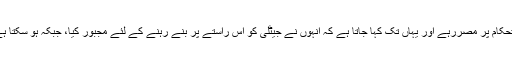
اقتصادی معاملات کے سیکرٹری کے طور پر، وہ مالی استحکام پر مصررہے اور یہاں تک کہا جاتا ہے کہ انہوں نے جیٹلی کو اس راستے پر بنے رہنے کے لئے مجبور کیا، جبکہ ہو سکتا ہے کہ حکومت کی خواہش اس سے چھوٹ لینے کی رہی ہو۔